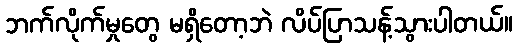
ဘက်လိုက်မှုတွေ မရှိတော့ဘဲ လိပ်ပြာသန့်သွားပါတယ်။